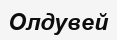
Олдувей